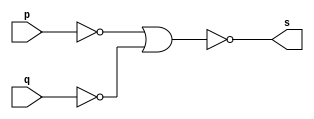
 // -------------------------------
// Guia 02_02 - AND
// Nome: Ludmily Caldeira da Silva
// --------------------------------

// -------------------------------
// -- AND gate feita de NORs
// -------------------------------

module Andgate (s, p, q);

output s;
input p, q;
wire temp1, temp2;

nor NOR1 (temp1, p);
nor NOR2 (temp2, q);
                                 // PODE USAR OUTRA NOR
assign s = ~(temp1 | temp2); 

endmodule // Andgate

// ---------------------
// -- test AND gate
// ---------------------

module testANDgate;

reg a, b;
wire s;

// instancia

Andgate AND1 (s, a, b);

// parte principal

initial begin
      $display("\nguia02_02 - Ludmily Caldeira da Silva - 417290\n");
      $display("Test AND gate feita de NORs");
      $display("\n(a & b) = s\n");
		$monitor ("(%b & %b) = %b", a, b, s);
        a=0; b=0;
    #1  a=0; b=1;
    #1  a=1; b=0;
    #1  a=1; b=1;
  	
end

endmodule //testAndgate

/* Resultados obtidos

    guia02_02 - Ludmily Caldeira da Silva - 417290
    
    Test AND gate feita de NORs
    
    (a & b) = s
    
    (0 & 0) = 0
    (0 & 1) = 0
    (1 & 0) = 0
    (1 & 1) = 1


*/